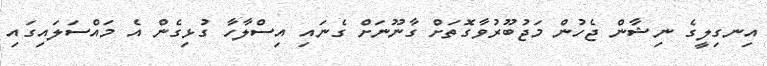
އިނގިލީގެ ނިޝާން ޖެހުން މަޖުބޫރުވާގޮތަށް ގާނޫނަށް ގެނައި އިސްލާހާ ގުޅިގެން އެ މައްސަލައިގައި